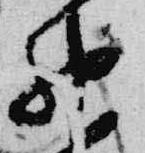
神